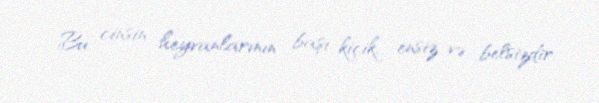
Bu cinsin heyvanlarının başı kiçik, ensiz və belsizdir.